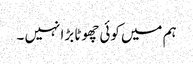
ہم میں کوئی چھوٹا بڑا نہیں ۔